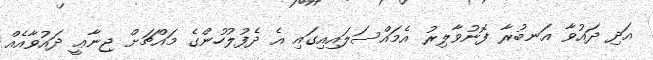
އަދި ދައުވާ އަނބުރާ ފޮނުވާލިރު އެމައްސަލައިއިގައި އެ ދެފުލުހުންގެ މައްޗަށް ޖިނާޢީ ދައުވާއެއް